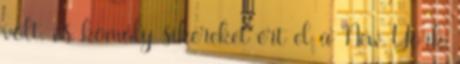
volt, és komoly sikereket ért el a New York